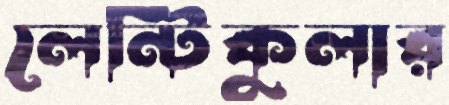
লেন্টিকুলার